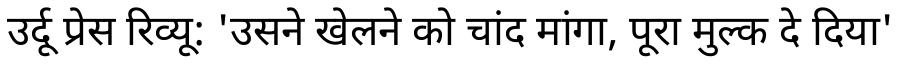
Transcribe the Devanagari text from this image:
उर्दू प्रेस रिव्यू: 'उसने खेलने को चांद मांगा, पूरा मुल्क दे दिया'